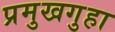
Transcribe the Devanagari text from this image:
प्रमुखगुहा